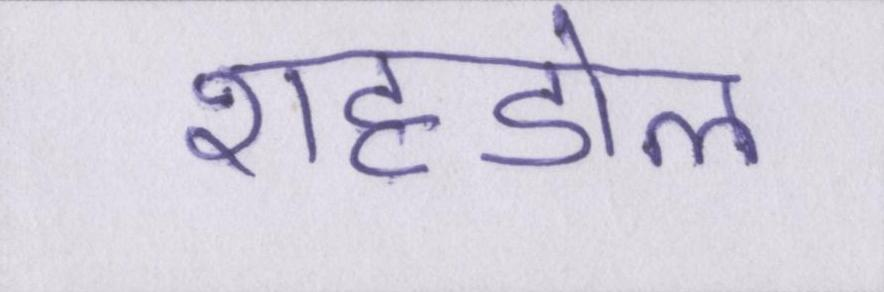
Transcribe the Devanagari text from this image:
शहडोल